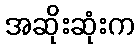
အဆိုးဆုံးက